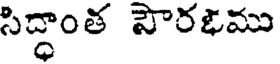
సిద్దాంత సౌరభము